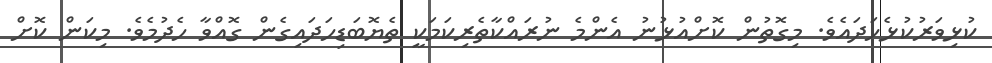
ކުޅިވަރުކުޅެހަދައެވެ. މިގޮތުން ކޮށްއުޅުނު އެންމެ ނުރައްކާތެރިކަމަކީ ތެޔޮބަޑިހަދައިގެން ގޮއްވާ ހެދުމެވެ. މިކަން ކޮށް